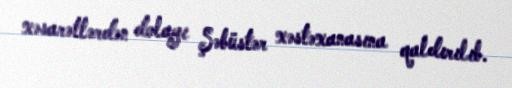
xəsarətlərdən dolayı Şəbüstər xəstəxanasına qaldırılıb.